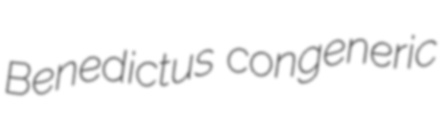
Benedictus congeneric